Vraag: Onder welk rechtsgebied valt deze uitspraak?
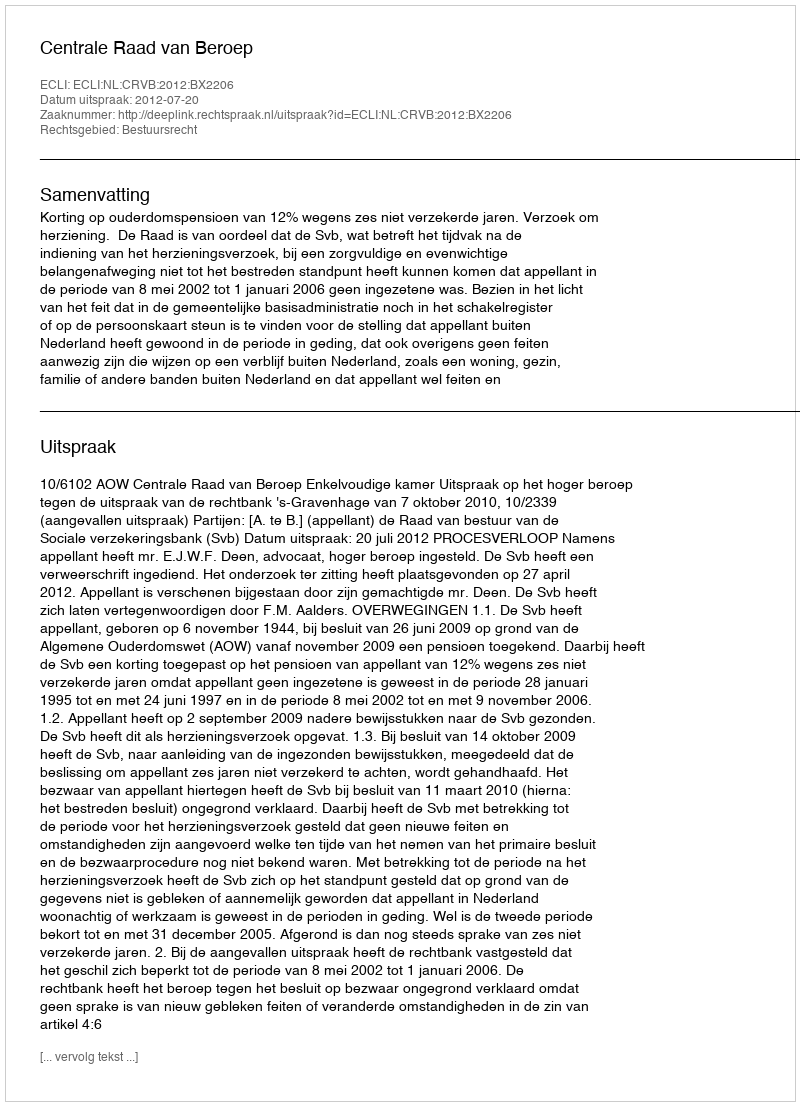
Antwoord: Bestuursrecht